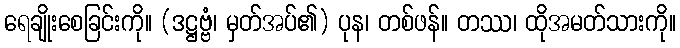
ရေချိုးစေခြင်းကို။ (ဒဋ္ဌဗ္ဗံ၊ မှတ်အပ်၏) ပုန၊ တစ်ဖန်။ တဿ၊ ထိုအမတ်သားကို။